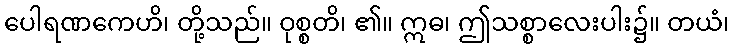
ပေါရဏကေဟိ၊ တို့သည်။ ဝုစ္စတိ၊ ၏။ ဣဓ၊ ဤသစ္စာလေးပါး၌။ တယံ၊